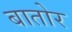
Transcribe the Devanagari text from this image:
बातोर